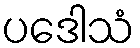
ပဒေါသံ